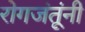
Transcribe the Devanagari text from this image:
रोगजंतूंनी